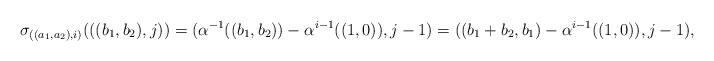
LaTeX: \begin{align*}\sigma_{((a_1,a_2),i)}(((b_1,b_2),j))=(\alpha^{-1}((b_1,b_2))-\alpha^{i-1}((1,0)),j-1)=((b_1+b_2,b_1)-\alpha^{i-1}((1,0)),j-1),\end{align*}